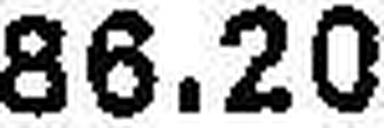
86.20